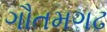
ગૌતમગઢ